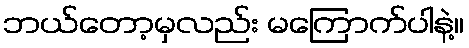
ဘယ်တော့မှလည်း မကြောက်ပါနဲ့။